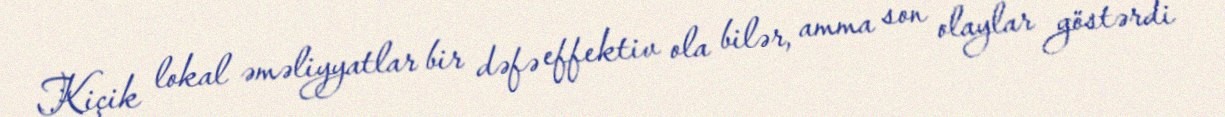
Kiçik lokal əməliyyatlar bir dəfə effektiv ola bilər, amma son olaylar göstərdi